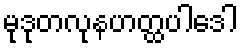
မုဒုတလုနဟတ္ထပါဒေါ